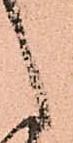
候